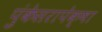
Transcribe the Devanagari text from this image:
पुंकेसरापेक्षा